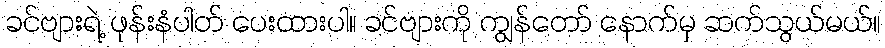
ခင်ဗျားရဲ့ ဖုန်းနံပါတ် ပေးထားပါ။ ခင်ဗျားကို ကျွန်တော် နောက်မှ ဆက်သွယ်မယ်။